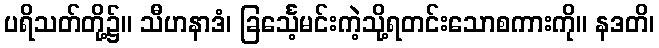
ပရိသတ်တို့၌။ သီဟနာဒံ၊ ခြင်္သေ့မင်းကဲ့သို့ရတင်းသောစကားကို။ နဒတိ၊